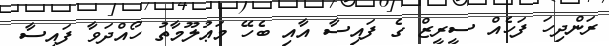
ރަންދިހަ ފަހެއް ސީރީޒް ގެ ފައިސާ އާއި ބެހޭ މަޢުލޫމާތު ހޯއްދަވާ ފައިސާ